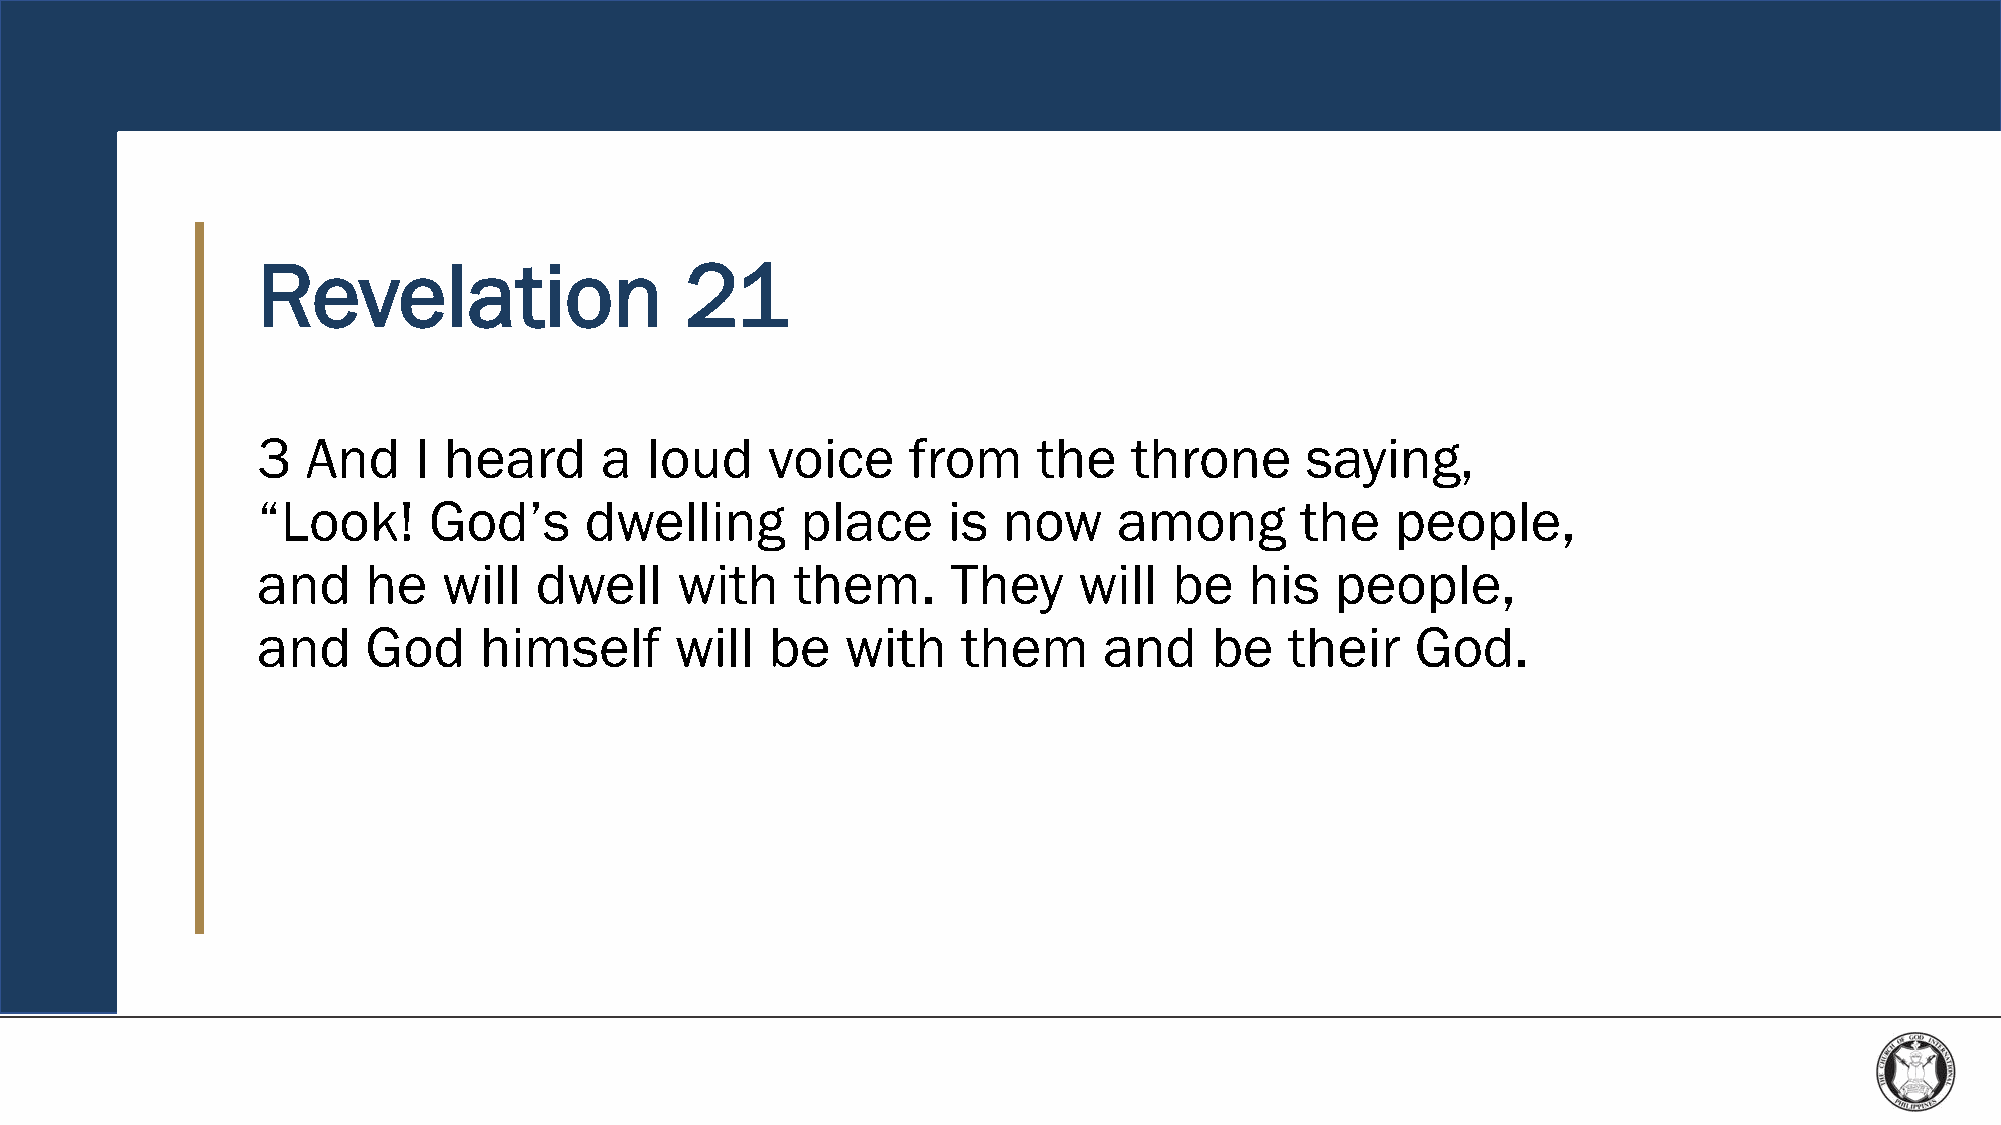
Revelation                  21
 3  And    I heard      a  loud    voice    from     the   throne     saying,
 “Look!     God’s      dwelling      place     is now     among       the   people,
 and    he   will  dwell     with    them.     They    will   be   his  people,
 and    God     himself      will  be   with    them     and    be   their    God.